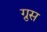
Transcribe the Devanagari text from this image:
ग्रुस